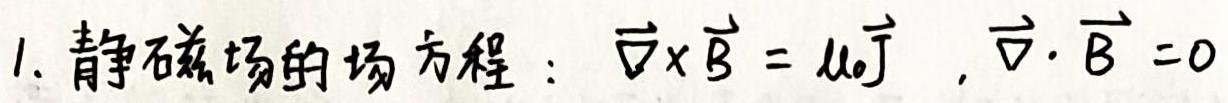
1. 静磁场的场方程：$\vec{\nabla} \times \vec{B} = \mu_0 \vec{J} , \vec{\nabla} \cdot \vec{B} = 0$